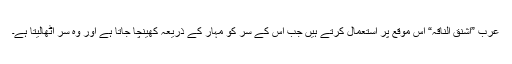
عرب ”اشنق الناقہ“ اس موقع پر استعمال کرتے ہیں جب اس کے سر کو مہار کے ذریعہ کھینچا جاتا ہے اور وہ سر اٹھالیتا ہے۔